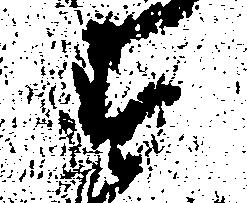
す